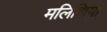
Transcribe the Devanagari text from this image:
मलिशिया